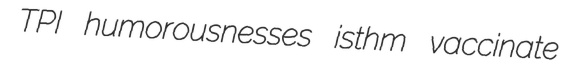
TPI humorousnesses isthm vaccinate